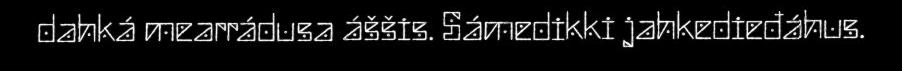
dahká mearrádusa áššis. Sámedikki jahkedieđáhus.